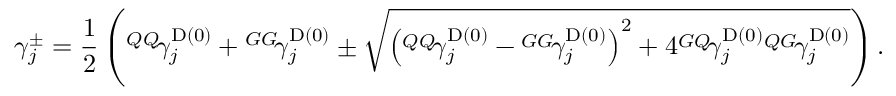
\gamma _ { j } ^ { \pm } = \frac { 1 } { 2 } \left( { ^ { Q Q } \! { \gamma } _ { j } ^ { \mathrm { D } ( 0 ) } } + { ^ { G G } \! { \gamma } _ { j } ^ { \mathrm { D } ( 0 ) } } \pm \sqrt { \left( { ^ { Q Q } \! { \gamma } _ { j } ^ { \mathrm { D } ( 0 ) } } - { ^ { G G } \! { \gamma } _ { j } ^ { \mathrm { D } ( 0 ) } } \right) ^ { 2 } + 4 { ^ { G Q } \! { \gamma } _ { j } ^ { \mathrm { D } ( 0 ) } } { ^ { Q G } \! { \gamma } _ { j } ^ { \mathrm { D } ( 0 ) } } } \right) .